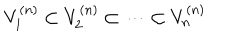
LaTeX: V _ { 1 } ^ { ( n ) } \subset V _ { 2 } ^ { ( n ) } \subset \cdots \subset V _ { n } ^ { ( n ) }